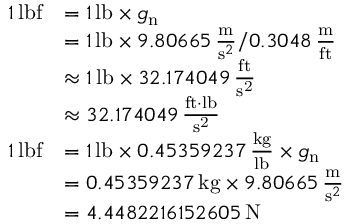
{ \begin{array} { r l } { 1 \, { \mathrm { l b f } } } & { = 1 \, { \mathrm { l b } } \times g _ { \mathrm { n } } } \\ & { = 1 \, { \mathrm { l b } } \times 9 . 8 0 6 6 5 \, { \frac { \mathrm { m } } { { \mathrm { s } } ^ { 2 } } } / 0 . 3 0 4 8 \, { \frac { \mathrm { m } } { \mathrm { f t } } } } \\ & { \approx 1 \, { \mathrm { l b } } \times 3 2 . 1 7 4 0 4 9 \, \mathrm { \frac { f t } { s ^ { 2 } } } } \\ & { \approx 3 2 . 1 7 4 0 4 9 \, \mathrm { \frac { f t { \cdot } l b } { s ^ { 2 } } } } \\ { 1 \, { \mathrm { l b f } } } & { = 1 \, { \mathrm { l b } } \times 0 . 4 5 3 5 9 2 3 7 \, { \frac { \mathrm { k g } } { \mathrm { l b } } } \times g _ { \mathrm { n } } } \\ & { = 0 . 4 5 3 5 9 2 3 7 \, { \mathrm { k g } } \times 9 . 8 0 6 6 5 \, { \frac { \mathrm { m } } { { \mathrm { s } } ^ { 2 } } } } \\ & { = 4 . 4 4 8 2 2 1 6 1 5 2 6 0 5 \, { \mathrm { N } } } \end{array} }